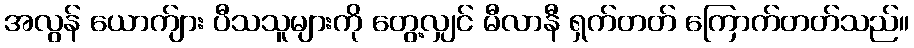
အလွန် ယောက်ျား ပီသသူများကို တွေ့လျှင် မီလာနီ ရှက်တတ် ကြောက်တတ်သည်။